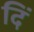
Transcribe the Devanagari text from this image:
दिं